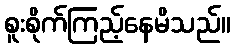
စူးစိုက်ကြည့်နေမိသည်။